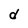
Character: d